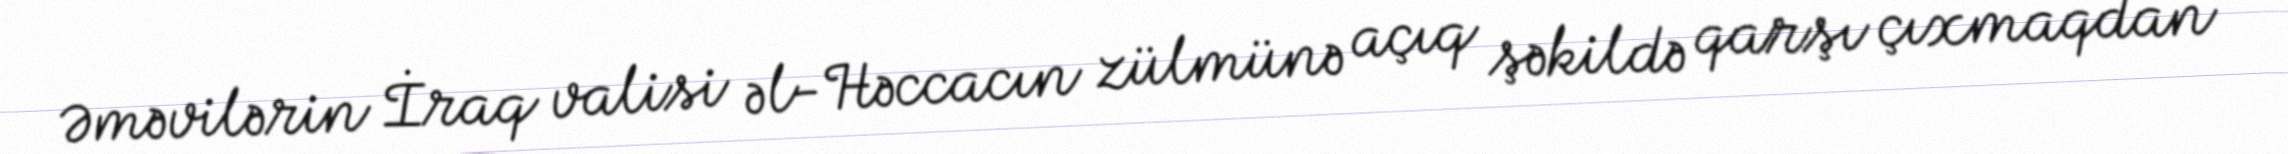
Əməvilərin İraq valisi əl-Həccacın zülmünə açıq şəkildə qarşı çıxmaqdan